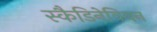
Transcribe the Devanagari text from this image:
स्कैडिनेवियन